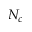
N _ { c }